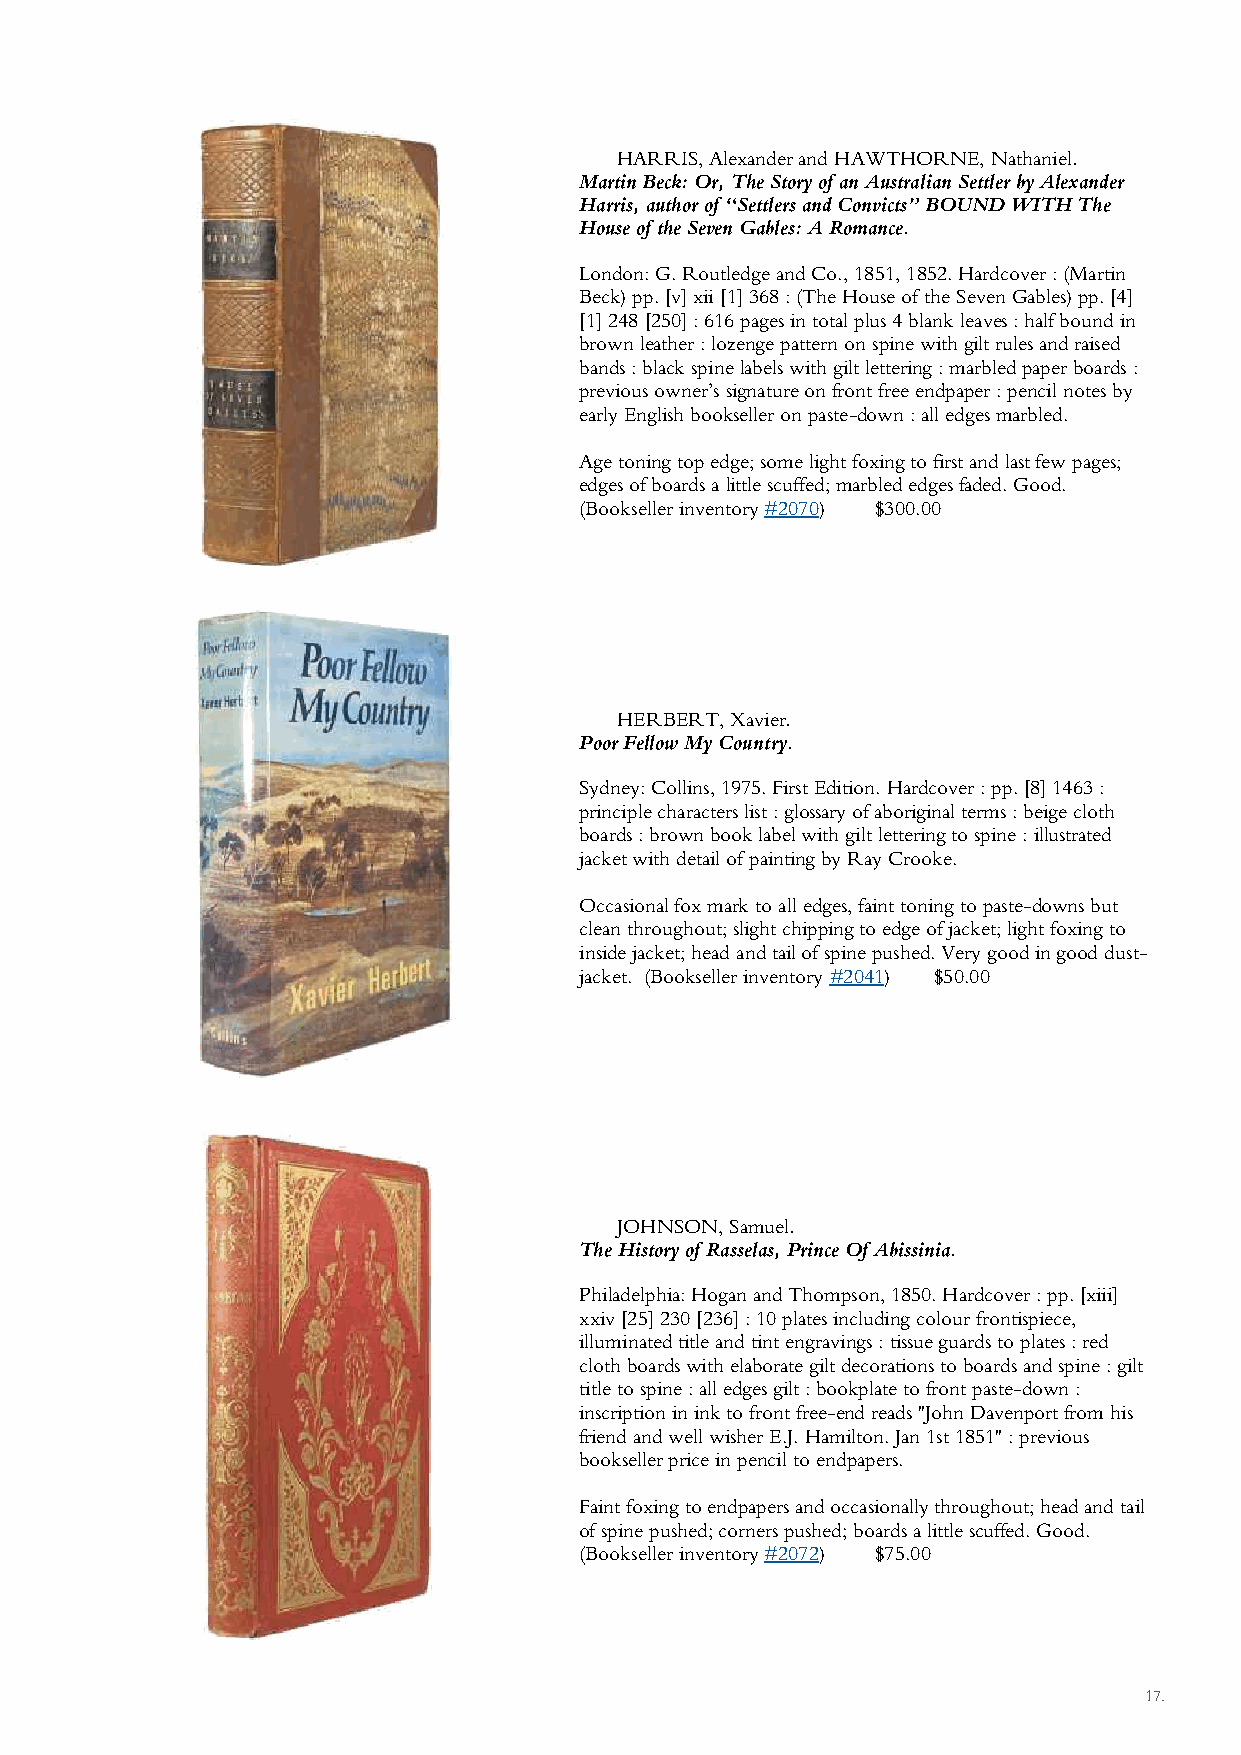
HARRIS, Alexander and HAWTHORNE, Nathaniel.
 Martin Beck: Or, The Story of an Australian Settler by Alexander
 Harris, author of “Settlers and Convicts” BOUND WITH The
 House of the Seven Gables: A Romance.
 London: G. Routledge and Co., 1851, 1852. Hardcover : (Martin
 Beck) pp. [v] xii [1] 368 : (The House of the Seven Gables) pp. [4]
 [1] 248 [250] : 616 pages in total plus 4 blank leaves : half bound in
 brown leather : lozenge pattern on spine with gilt rules and raised
 bands : black spine labels with gilt lettering : marbled paper boards :
 previous owner’s signature on front free endpaper : pencil notes by
 early English bookseller on paste-down : all edges marbled.
 Age toning top edge; some light foxing to first and last few pages;
 edges of boards a little scuffed; marbled edges faded. Good.
 (Bookseller inventory #2070) $300.00
 HERBERT, Xavier.
 Poor Fellow My Country.
 Sydney: Collins, 1975. First Edition. Hardcover : pp. [8] 1463 :
 principle characters list : glossary of aboriginal terms : beige cloth
 boards : brown book label with gilt lettering to spine : illustrated
 jacket with detail of painting by Ray Crooke.
 Occasional fox mark to all edges, faint toning to paste-downs but
 clean throughout; slight chipping to edge of jacket; light foxing to
 inside jacket; head and tail of spine pushed. Very good in good dust-
 jacket. (Bookseller inventory #2041) $50.00
 JOHNSON, Samuel.
 The History of Rasselas, Prince Of Abissinia.
 Philadelphia: Hogan and Thompson, 1850. Hardcover : pp. [xiii]
 xxiv [25] 230 [236] : 10 plates including colour frontispiece,
 illuminated title and tint engravings : tissue guards to plates : red
 cloth boards with elaborate gilt decorations to boards and spine : gilt
 title to spine : all edges gilt : bookplate to front paste-down :
 inscription in ink to front free-end reads ''John Davenport from his
 friend and well wisher E.J. Hamilton. Jan 1st 1851'' : previous
 bookseller price in pencil to endpapers.
 Faint foxing to endpapers and occasionally throughout; head and tail
 of spine pushed; corners pushed; boards a little scuffed. Good.
 (Bookseller inventory #2072) $75.00
 17 .